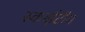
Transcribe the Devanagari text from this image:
स्‍काईटीम